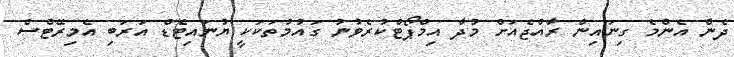
ދެން އެންމެ ގިނައިން ރާއްޖެއަށް މުދާ އިމްޕޯޓްކުރެވުނު ގައުމުތަކަކީ ޔުނައިޓެޑް އަރަބި އެމިރޭޓްސް